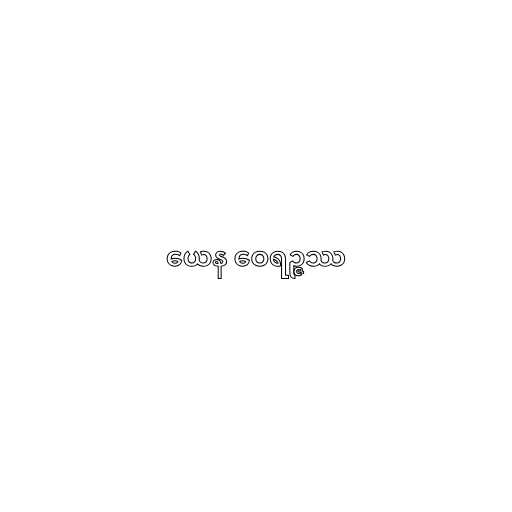
ယေန ဝေရဉ္ဇဿ